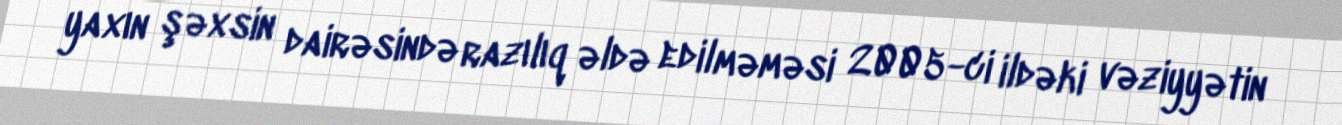
yaxın şəxsin dairəsində razılıq əldə edilməməsi 2005-ci ildəki vəziyyətin